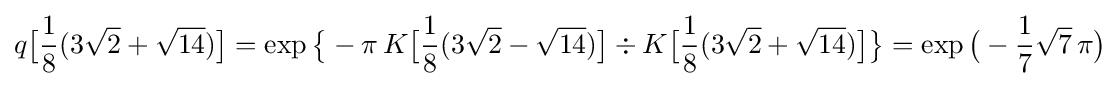
q{\bigl [}{\frac {1}{8}}(3{\sqrt {2}}+{\sqrt {14}}){\bigr ]}=\exp {\bigl \{}-\pi \,K{\bigl [}{\frac {1}{8}}(3{\sqrt {2}}-{\sqrt {14}}){\bigr ]}\div K{\bigl [}{\frac {1}{8}}(3{\sqrt {2}}+{\sqrt {14}}){\bigr ]}{\bigr \}}=\exp {\bigl (}-{\frac {1}{7}}{\sqrt {7}}\,\pi {\bigr )}